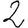
Digit: 2